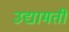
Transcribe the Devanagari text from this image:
उद्यामती